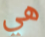
هي